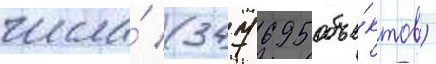
числа́ (347 695 объе́ктов)